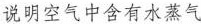
说明空气中今有水蒸气